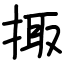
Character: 掫